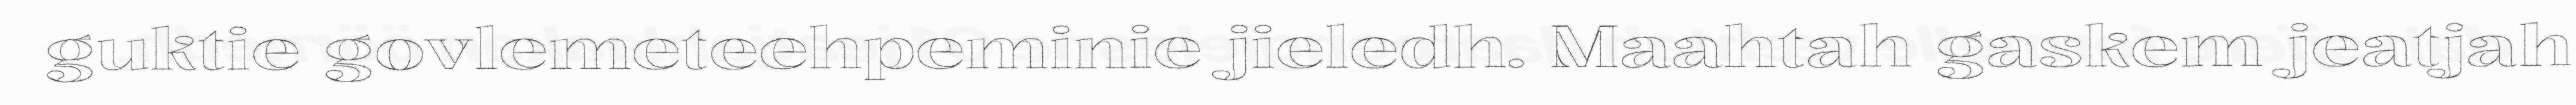
guktie govlemeteehpeminie jieledh. Maahtah gaskem jeatjah